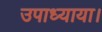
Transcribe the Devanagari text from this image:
उपाध्याया।